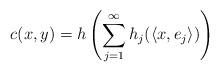
LaTeX: \begin{align*} c(x, y)=h\left(\sum_{j=1}^\infty h_j(\langle x, e_j\rangle)\right)\end{align*}